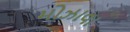
મોઝાવા